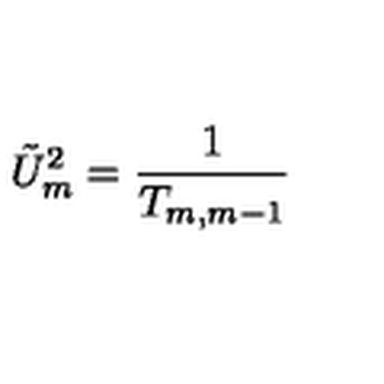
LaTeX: \tilde { U } _ { m } ^ { 2 } = \frac { 1 } { T _ { m , m - 1 } }